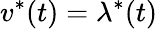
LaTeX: v^{*}(t)=\lambda^{*}(t)